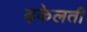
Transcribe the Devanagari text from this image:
ढ़केलती